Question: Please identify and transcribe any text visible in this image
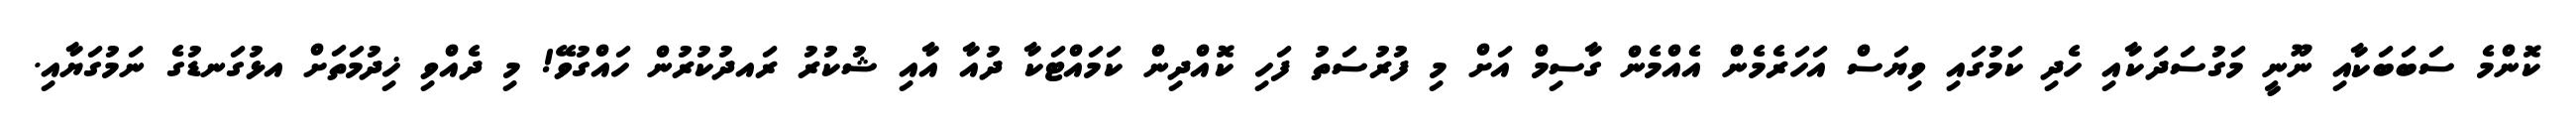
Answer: ކޮންމެ ސަބަބަކާއި ނޫނީ މަގުސަދަކާއި ހެދި ކަމުގައި ވިޔަސް އަހަރެމެން އެއްމެން ގާސިމް އަށް މި ފުރުސަތު ފަހި ކޮއްދިން ކަމައްޓަކާ ދުއާ އާއި ޝުކުރު ރައދުކުރުން ހައްގުވޭ! މި ދެއްވި ޚިދުމަތަށް އޅުގަނޑުގެ ނަމުގަޔާއި.